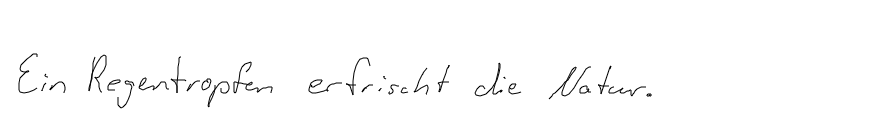
Ein Regentropfen erfrischt die Natur.